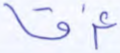
غرقا